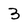
Character: 3